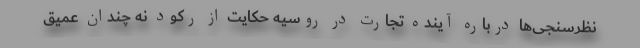
نظرسنجی‌ها درباره آینده تجارت در روسیه حکایت از رکود نه چندان عمیق